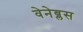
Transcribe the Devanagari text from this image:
वेनेब्लस